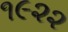
૧૯૨૨